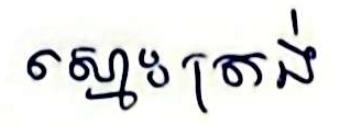
ស្មោះត្រង់